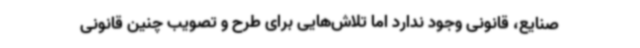
صنایع، قانونی وجود ندارد اما تلاش‌هایی برای طرح و تصویب چنین قانونی